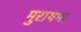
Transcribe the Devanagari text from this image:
मुरायमा